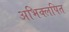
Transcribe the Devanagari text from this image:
अभिक्लपित